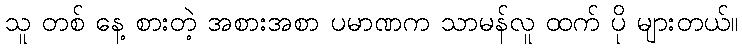
သူ တစ် နေ့ စားတဲ့ အစားအစာ ပမာဏက သာမန်လူ ထက် ပို များတယ်။